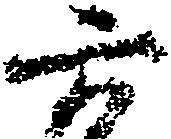
六